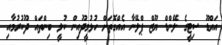
އައްޑޫ ސިޓީގެ ލޭންޑް ޔޫޒް ޕްލޭނާ އެއްގޮތަށް ހުޅުމީދޫއިން ކުލީ ބިންތައް ދޫކުރުމާއި